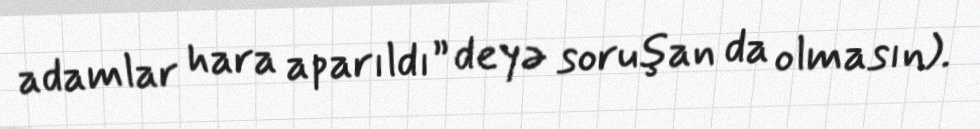
adamlar hara aparıldı” deyə soruşan da olmasın).